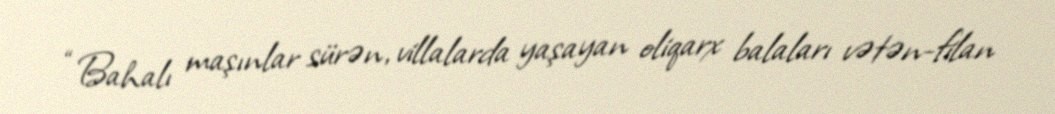
“Bahalı maşınlar sürən, villalarda yaşayan oliqarx balaları vətən-filan